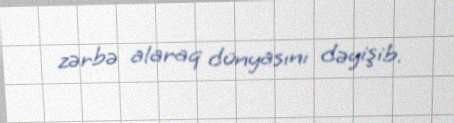
zərbə alaraq dünyasını dəyişib.